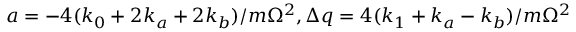
a = - 4 ( k _ { 0 } + 2 k _ { a } + 2 k _ { b } ) / m \Omega ^ { 2 } , \Delta q = 4 ( k _ { 1 } + k _ { a } - k _ { b } ) / m \Omega ^ { 2 }